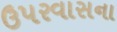
ઉપરવાસના